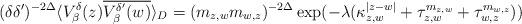
LaTeX: \begin{align*} (\delta\delta')^{-2\Delta} \langle V^{\delta}_{\beta}(z) \overline{V^{\delta'}_{\beta}(w)}\rangle_{ D} = ( m_{z,w} m_{w,z})^{-2\Delta} \exp ( -\lambda ( \kappa^{|z-w|}_{z,w} +\tau^{m_{z,w}}_{z,{w}}+\tau^{m_{w,z}}_{w,{z}}) ) \end{align*}